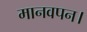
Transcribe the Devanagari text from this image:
मानवपन।